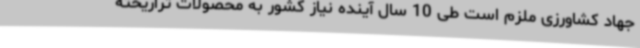
جهاد کشاورزی ملزم است طی 10 سال آینده نیاز کشور به محصولات تراریخته